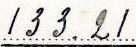
133.21